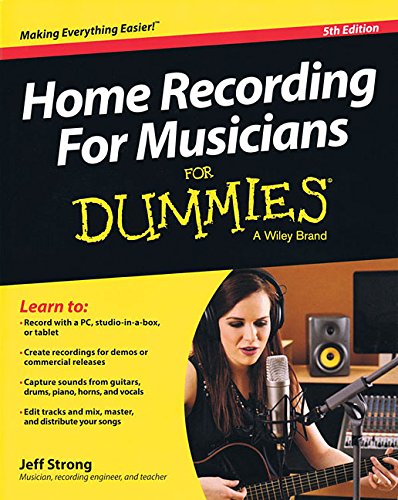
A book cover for Home Recording for Musicians for Dummies: 5th Edition; Jeff Strong; Arts & Photography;